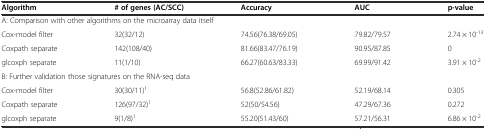
<table><thead><tr><td><b>Algorithm</b></td><td><b># of genes (AC/SCC)</b></td><td><b>Accuracy</b></td><td><b>AUC</b></td><td><b>p-value</b></td></tr></thead><tbody><tr><td colspan="5">A: Comparison with other algorithms on the microarray data itself</td></tr><tr><td>Cox-model filter</td><td>32(32/12)</td><td>74.56(76.38/69.05)</td><td>79.82/79.57</td><td>2.74 × 10<sup>-13</sup></td></tr><tr><td>Coxpath separate</td><td>142(108/40)</td><td>81.66(83.47/76.19)</td><td>90.95/87.85</td><td>0</td></tr><tr><td>glcoxph separate</td><td>11(1/10)</td><td>66.27(60.63/83.33)</td><td>69.99/91.42</td><td>3.91 × 10<sup>-2</sup></td></tr><tr><td colspan="5">B: Further validation those signatures on the RNA-seq data</td></tr><tr><td>Cox-model filter</td><td>30(30/11)<sup>1</sup></td><td>56.8(52.86/61.82)</td><td>52.19/68.14</td><td>0.305</td></tr><tr><td>Coxpath separate</td><td>126(97/32)<sup>1</sup></td><td>52(50/54.56)</td><td>47.29/67.36</td><td>0.272</td></tr><tr><td>glcoxph separate</td><td>9(1/8)<sup>1</sup></td><td>55.20(51.43/60)</td><td>57.21/56.31</td><td>6.86 × 10<sup>-2</sup></td></tr></tbody></table>